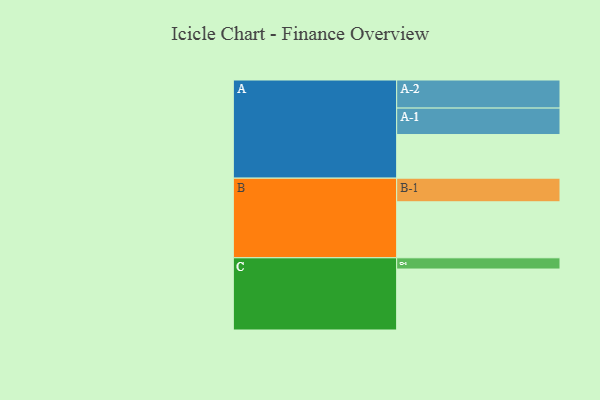
{"axis": {"x": "Segment", "y": "Value"}, "legend": ["", "A", "B", "C"], "data": [{"x": "A", "y": 311, "type": ""}, {"x": "B", "y": 399, "type": ""}, {"x": "C", "y": 434, "type": ""}, {"x": "A-1", "y": 188, "type": "A"}, {"x": "A-2", "y": 200, "type": "A"}, {"x": "B-1", "y": 168, "type": "B"}, {"x": "C-1", "y": 80, "type": "C"}]}